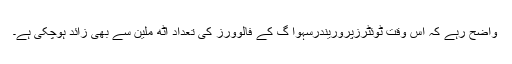
واضح رہے کہ اس وقت ٹوئٹرزپروریندرسہوا گ کے فالوورز کی تعداد آٹھ ملین سے بھی زائد ہوچکی ہے۔